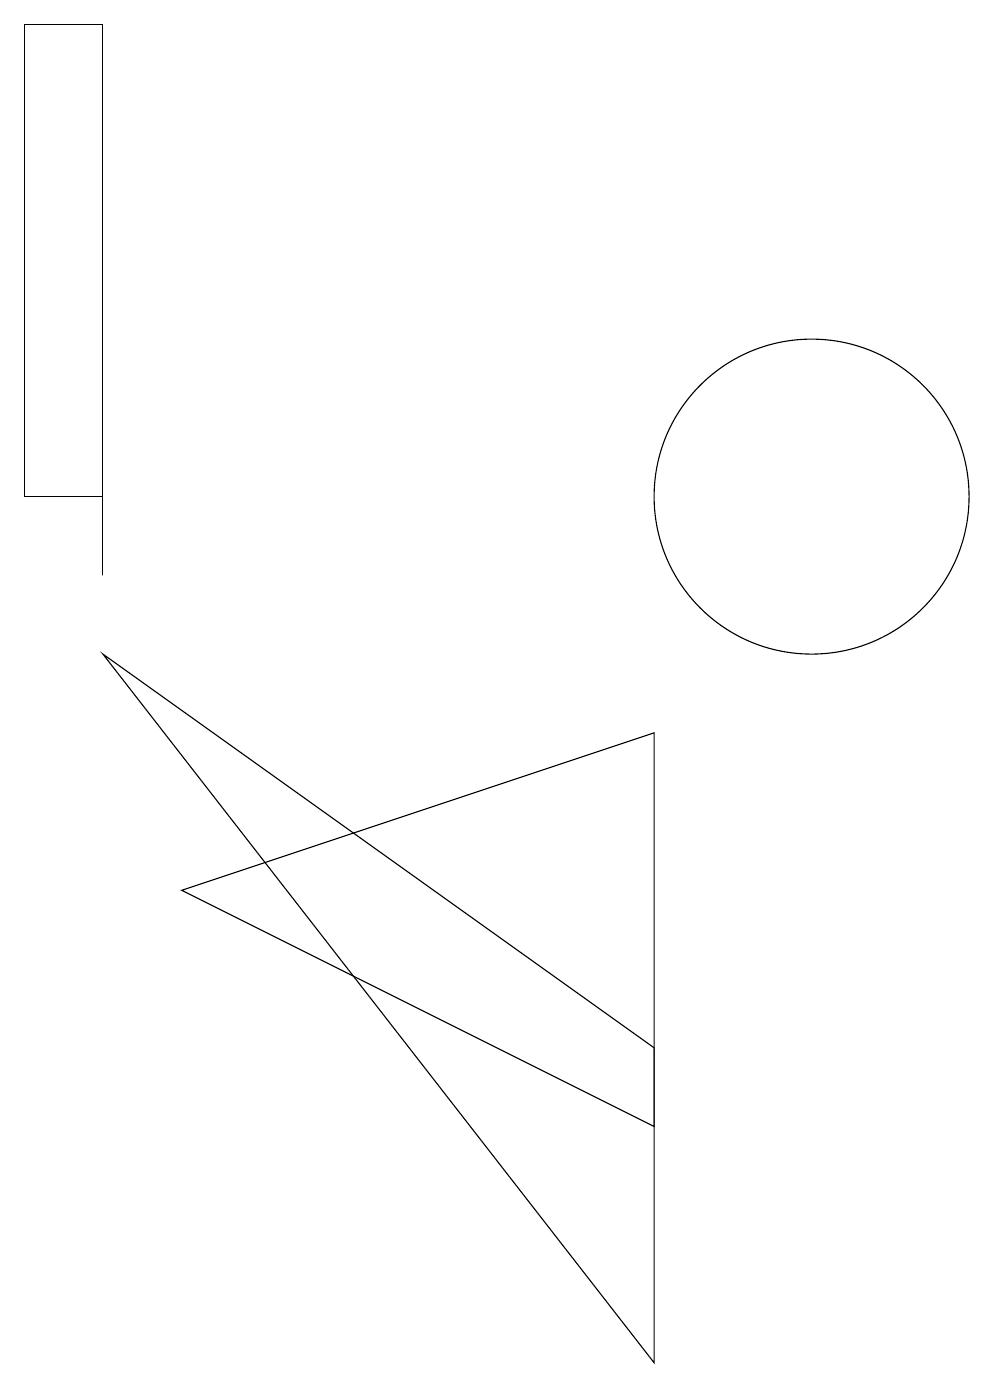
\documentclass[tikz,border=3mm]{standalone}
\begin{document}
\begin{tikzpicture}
\draw (8,8) -- (2,6) -- (8,3) -- cycle;
\draw (1,17) rectangle (1,10);
\draw (8,4) -- (1,9) -- (8,0) -- cycle;
\draw (1,11) rectangle (0,17);
\draw (10,11) circle (2);
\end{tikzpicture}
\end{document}